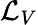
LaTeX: {\mathcal{L}}_{V}